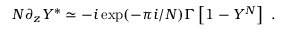
N \partial _ { z } Y ^ { * } \simeq - i \exp ( - \pi i / N ) \Gamma \left[ 1 - Y ^ { N } \right] ~ .